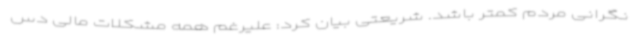
نگرانی مردم کمتر باشد. شریعتی بیان کرد: علیرغم همه مشکلات مالی دس